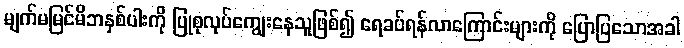
မျက်မမြင်မိဘနှစ်ပါးကို ပြုစုလုပ်ကျွေးနေသူဖြစ်၍ ရေခပ်ရန်လာကြောင်းများကို ပြောပြသောအခါ